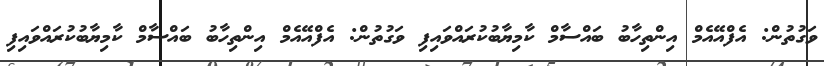
ވަގުތުން: އެފްއޭއެމް އިންތިހާބު ބައްސާމް ކާމިޔާބުކުރައްވައިފި ވަގުތުން: އެފްއޭއެމް އިންތިހާބު ބައްސާމް ކާމިޔާބުކުރައްވައިފި